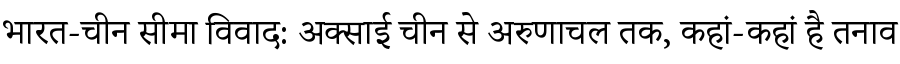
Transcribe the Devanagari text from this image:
भारत-चीन सीमा विवाद: अक्साई चीन से अरुणाचल तक, कहां-कहां है तनाव